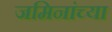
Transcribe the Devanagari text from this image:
जमिनांच्या